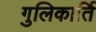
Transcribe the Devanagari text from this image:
गुलिकार्ति